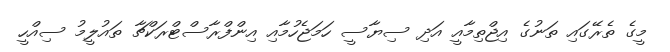
މީގެ ތެރޭގައި ތަނުގެ އިޖްތިމާއީ އަދި ސިޔާސީ ހަމަޖެހުމާއި އިންފްރާސްޓްރަކްޗާ ތައުލީމު ސިއްހީ